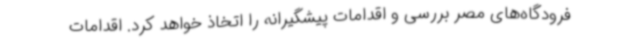
فرودگاه‌های مصر بررسی و اقدامات پیشگیرانه را اتخاذ خواهد کرد. اقدامات